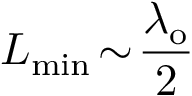
L _ { \mathrm { m i n } } \! \sim \! \frac { \lambda _ { \mathrm { o } } } { 2 }